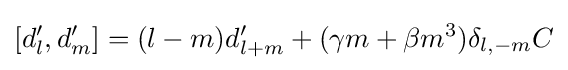
[d'_{l},d'_{m}]=(l-m)d'_{l+m}+(\gamma m+\beta m^{3})\delta _{l,-m}C